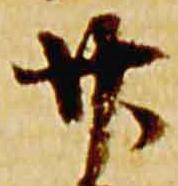
廿